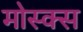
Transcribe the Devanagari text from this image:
मोस्क्स